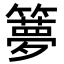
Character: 𥶃